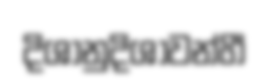
දිශානුදිශාවන්හී